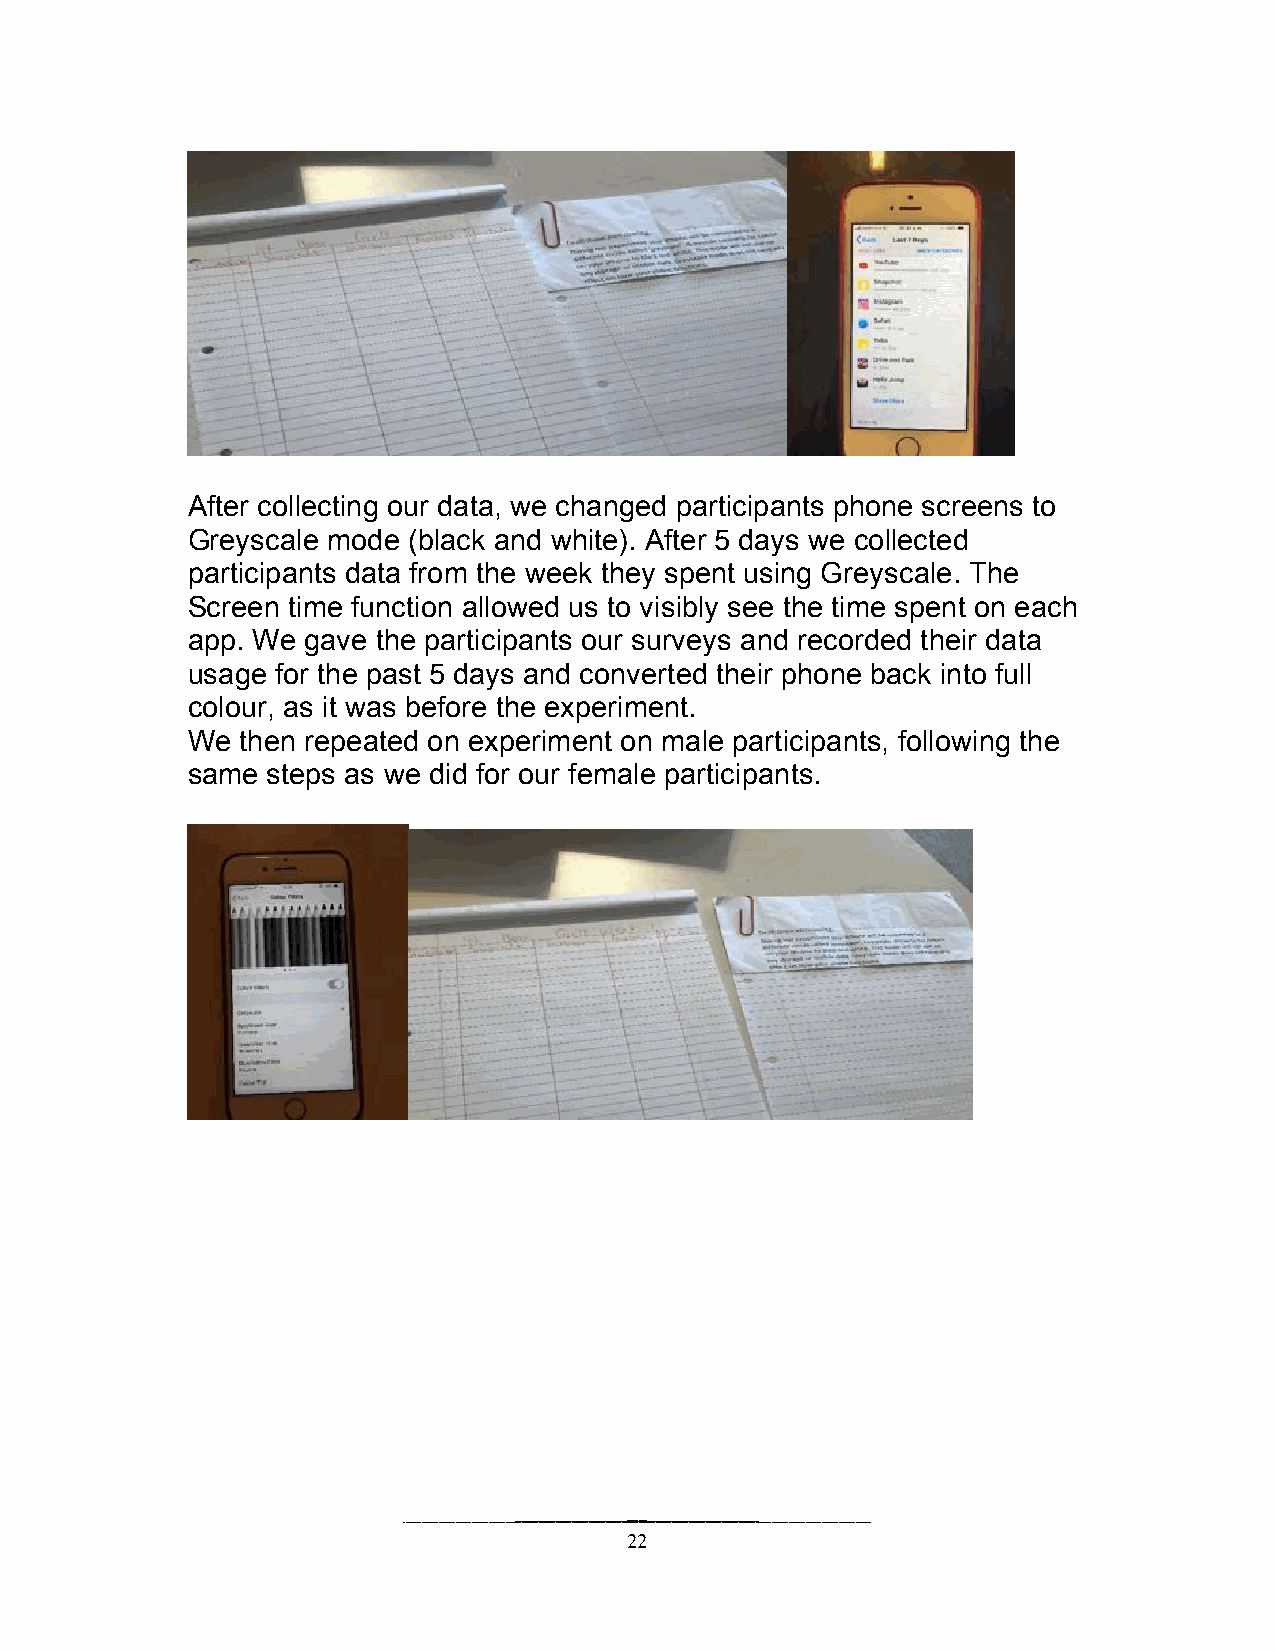
After collecting our data, we changed participants phone screens to
 Greyscale mode (black and white). After 5 days we collected
 participants data from the week they spent using Greyscale. The
 Screen time function allowed us to visibly see the time spent on each
 app. We gave the participants our surveys and recorded their data
 usage for the past 5 days and converted their phone back into full
 colour, as it was before the experiment.
 We  then repeated on experiment on male participants, following the
 same  steps as we did for our female participants.
 22